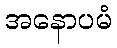
အနောပမံ